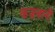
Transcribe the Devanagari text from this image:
कज़वानी